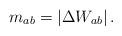
LaTeX: \begin{align*}m_{ab}=\left| \Delta W_{ab}\right|. \end{align*}